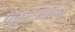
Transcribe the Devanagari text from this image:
प्लुटार्कने